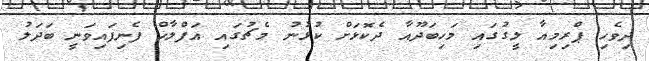
ދިވެހި ޕްރިމިއާ ލީގުގައި މަހިބަދޫއާ ދެކޮޅަށް ކުޅުނު މެޗުގައި އަފްލާހް ފެނިފައިވަނީ ބަދަލު